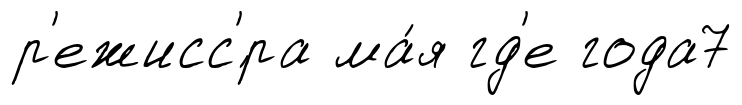
р'ежисс'́ра ма́я гд'е года7